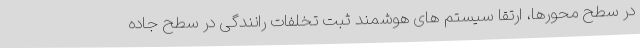
در سطح محورها، ارتقا سیستم های هوشمند ثبت تخلفات رانندگی در سطح جاده